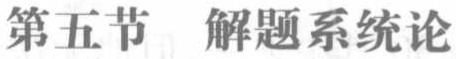
第五节 解题系统论